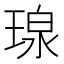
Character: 瑔